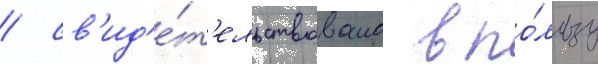
/ св'ид'е́т'ельствовало в по́льзу